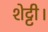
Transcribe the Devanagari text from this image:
शेट्टी।